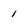
Character: 1